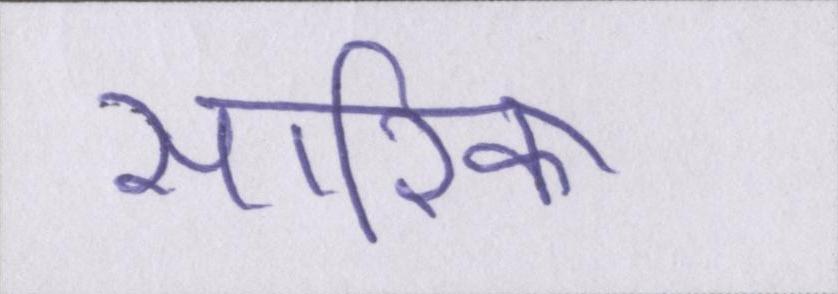
सारिका